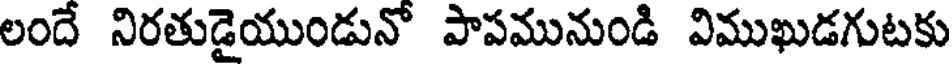
లందే నిరతుడైయుండునో పాపమునుండి విముఖుడగుటకు